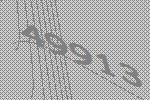
49913